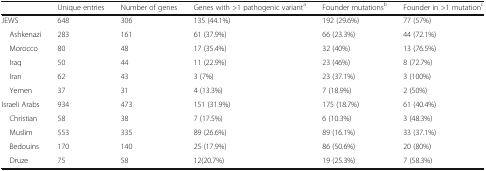
|  | Unique entries | Number of genes | Genes with >1 pathogenic varianta | Founder mutationsb | Founder in >1 mutationc |
 | --- | --- | --- | --- | --- | --- |
 | JEWS | 648 | 306 | 135 (44.1%) | 192 (29.6%) | 77 (57%) |
 | Ashkenazi | 283 | 161 | 61 (37.9%) | 66 (23.3%) | 44 (72.1%) |
 | Morocco | 80 | 48 | 17 (35.4%) | 32 (40%) | 13 (76.5%) |
 | Iraq | 50 | 44 | 11 (22.9%) | 23 (46%) | 8 (72.7%) |
 | Iran | 62 | 43 | 3 (7%) | 23 (37.1%) | 3 (100%) |
 | Yemen | 37 | 31 | 4 (13.3%) | 7 (18.9%) | 2 (50%) |
 | Israeli Arabs | 934 | 473 | 151 (31.9%) | 175 (18.7%) | 61 (40.4%) |
 | Christian | 58 | 38 | 7 (17.5%) | 6 (10.3%) | 3 (48.3%) |
 | Muslim | 553 | 335 | 89 (26.6%) | 89 (16.1%) | 33 (37.1%) |
 | Bedouins | 170 | 140 | 25 (17.9%) | 86 (50.6%) | 20 (80%) |
 | Druze | 75 | 58 | 12(20.7%) | 19 (25.3%) | 7 (58.3%) |